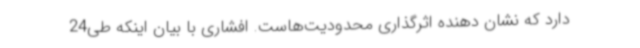
دارد که نشان دهنده اثرگذاری محدودیت‌هاست. افشاری با بیان اینکه طی24